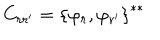
C _ { r r ^ { \prime } } = { \{ \varphi _ { r } , \varphi _ { r ^ { \prime } } \} } ^ { * * }